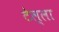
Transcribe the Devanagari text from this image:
टेल्ला